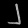
Digit: ၂